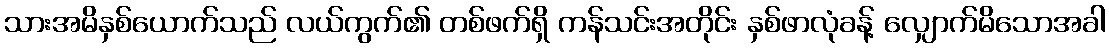
သားအမိနှစ်ယောက်သည် လယ်ကွက်၏ တစ်ဖက်ရှိ ကန်သင်းအတိုင်း နှစ်ဖာလုံခန့် လျှောက်မိသောအခါ